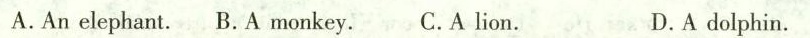
A.An elephant.B. A monkey. C.Alion. D.Adolphin.